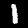
Label: 1